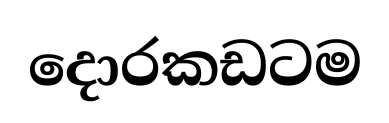
දොරකඩටම